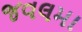
જવલમા